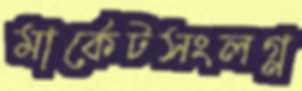
মার্কেটসংলগ্ন